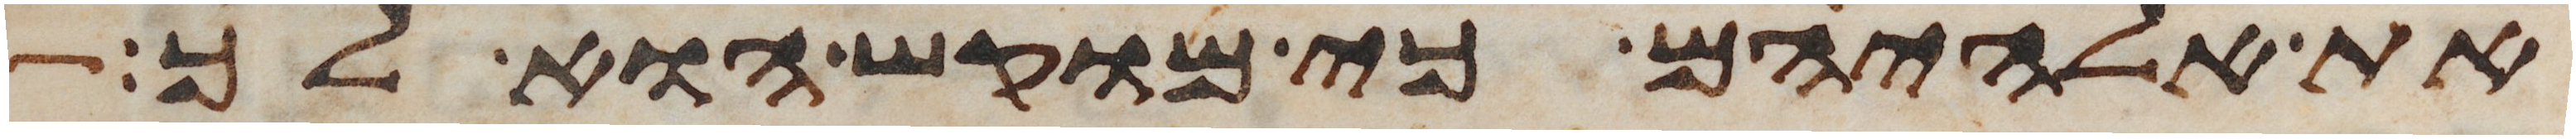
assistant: את אלהיהם כי מוקש הוא לך